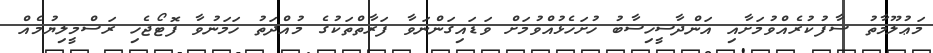
މަޢުލޫމާތު ސާފުކުރެއްވުމަށާއި އަންދާސީހިސާބު ހުށަހެޅުއްވުމަށް ވަޑައިގަންނަވާ ފަރާތްތަކުގެ މުއްދަތު ހަމަނުވާ ފޮޓޯޖެހި ރަސްމީލިޔުމެއް